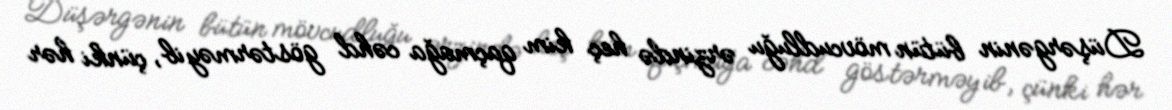
Düşərgənin bütün mövcudluğu ərzində heç kim qaçmağa cəhd göstərməyib, çünki hər